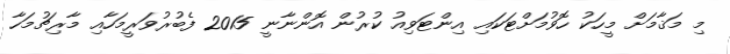
މި މަޤާމަށް މީހަކު ހޮވުމަށްޓަކައި އިންޓަވިއު ކުރުން އޮންނާނީ 2015 ފެބުރުވަރީމަހާއި މާރިޗުމަހާ